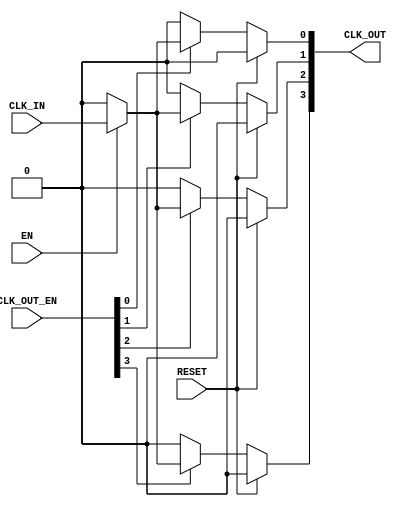
module LowPowerClockBuffer #(
    parameter NUM_OUTPUTS = 4 // Configurable number of clock outputs
)(
    input wire CLK_IN,          // Single-ended clock input
    input wire EN,              // Enable signal
    input wire [NUM_OUTPUTS-1:0] CLK_OUT_EN, // Individual output enables
    output wire [NUM_OUTPUTS-1:0] CLK_OUT,    // Multiple clock outputs
    input wire RESET            // Asynchronous reset
);

// Internal signals
wire gated_clk;
wire [NUM_OUTPUTS-1:0] buffered_clk;

// Clock Gating
assign gated_clk = EN ? CLK_IN : 1'b0; // Clock gating based on enable signal

// Buffering with hysteresis (simple implementation)
genvar i;
generate
    for (i = 0; i < NUM_OUTPUTS; i = i + 1) begin : buffer_gen
        // Buffering with enable for each output
        assign buffered_clk[i] = (CLK_OUT_EN[i]) ? gated_clk : 1'b0; // Output enabled only if CLK_OUT_EN is high
        assign CLK_OUT[i] = RESET ? 1'b0 : buffered_clk[i]; // Reset functionality
    end
endgenerate

endmodule